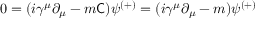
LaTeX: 0 = ( i \gamma ^ { \mu } \partial _ { \mu } - m { \mathsf { C } } ) \psi ^ { ( + ) } = ( i \gamma ^ { \mu } \partial _ { \mu } - m ) \psi ^ { ( + ) }